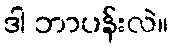
ဒါ ဘာပန်းလဲ။